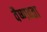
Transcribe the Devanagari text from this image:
वैष्णवता